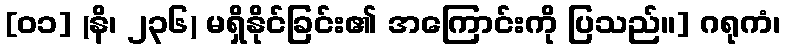
[၀၁] (နိ၊ ၂၃၆) မရှိနိုင်ခြင်း၏ အကြောင်းကို ပြသည်။] ဂရုကံ၊